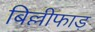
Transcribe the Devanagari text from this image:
बिल्लीफाड़